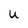
Character: u